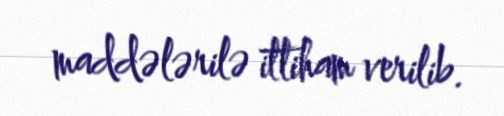
maddələrilə ittiham verilib.